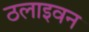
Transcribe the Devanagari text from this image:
ठलाइवन